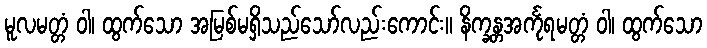
မူလမတ္တံ ဝါ၊ ထွက်သော အမြစ်မရှိသည်သော်လည်းကောင်း။ နိက္ခန္တအင်္ကုရမတ္တံ ဝါ၊ ထွက်သော